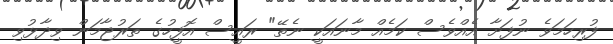
ފުރިހަމަވެ ނުފަށާ އެއްވެސް ކަމެއް މާނައަކީ ނެތޭ" ރައީސް އޮފީހުގެ ތަރުޖާމަން ވިދާޅުވި